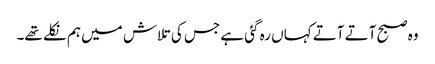
وہ صبح آتے آتے کہاں رہ گئی ہے جس کی تلاش میں ہم نکلے تھے۔